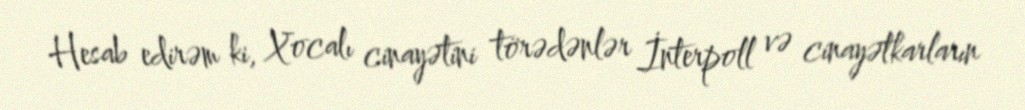
Hesab edirəm ki, Xocalı cinayətini törədənlər İnterpoll və cinayətkarların